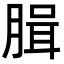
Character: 䐕